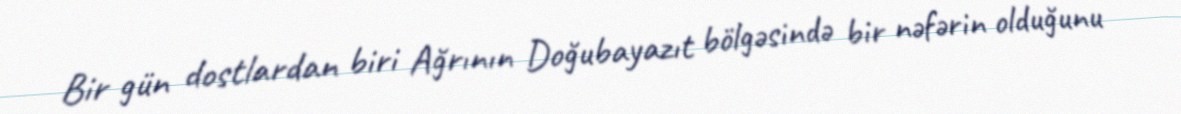
Bir gün dostlardan biri Ağrının Doğubayazıt bölgəsində bir nəfərin olduğunu